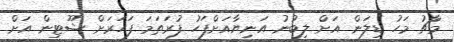
މާޗު މަހު ޑިލަން އަށް ލިބުނު އަނިޔާއަށްފަހު ފުރަތަމަ ފަހަރަށް ޝޫޓިން އަށް